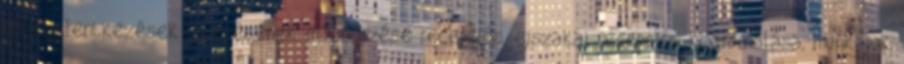
és kijelentkezések intézésének ellenőrzése recepciós, éjszakai recepciós koordinálása, munkájuk